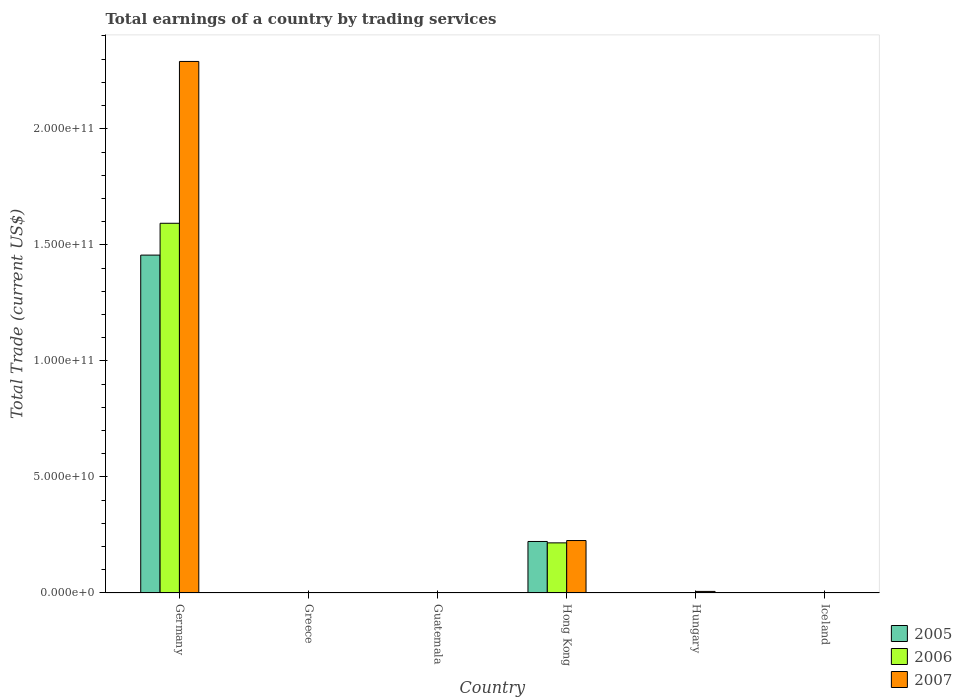
| Country | 2005 | 2006 | 2007 |
 | --- | --- | --- | --- |
 | Germany | 1.46e+11 | 1.59e+11 | 2.29e+11 |
 | Greece | -1.51e+10 | -2.49e+10 | -3.42e+10 |
 | Guatemala | -4.33e+09 | -5.11e+09 | -5.8e+09 |
 | Hong Kong | 2.22e+10 | 2.16e+10 | 2.26e+10 |
 | Hungary | -1.35e+09 | -1.15e+09 | 6.8e+08 |
 | Iceland | -1.6e+09 | -2.38e+09 | -1.36e+09 |